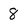
Character: 8